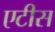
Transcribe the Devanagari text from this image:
एटीस